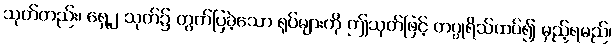
သုတ်တည်း၊ ရှေ့၂ သုတ်၌ တွက်ပြခဲ့သော ရုပ်များကို ဤသုတ်ဖြင့် တပ္ပုရိသ်ထပ်၍ မှည့်ရမည်၊